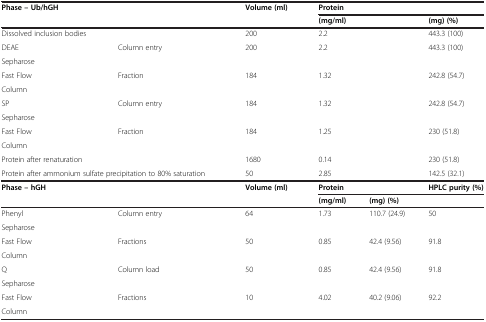
| <ROWSPAN=2-COLSPAN=2> Phase – Ub/hGH | <ROWSPAN=2> Volume (ml) | <COLSPAN=3> Protein |
 | <COLSPAN=2> (mg/ml) | (mg) (%) |
 | --- | --- | --- | --- | --- | --- |
 | <COLSPAN=2> Dissolved inclusion bodies | 200 | <COLSPAN=2> 2.2 | 443.3 (100) |
 | DEAE | <ROWSPAN=2> Column entry | <ROWSPAN=2> 200 | <ROWSPAN=2-COLSPAN=2> 2.2 | <ROWSPAN=2> 443.3 (100) |
 | Sepharose |
 | Fast Flow | <ROWSPAN=2> Fraction | <ROWSPAN=2> 184 | <ROWSPAN=2-COLSPAN=2> 1.32 | <ROWSPAN=2> 242.8 (54.7) |
 | Column |
 | SP | <ROWSPAN=2> Column entry | <ROWSPAN=2> 184 | <ROWSPAN=2-COLSPAN=2> 1.32 | <ROWSPAN=2> 242.8 (54.7) |
 | Sepharose |
 | Fast Flow | <ROWSPAN=2> Fraction | <ROWSPAN=2> 184 | <ROWSPAN=2-COLSPAN=2> 1.25 | <ROWSPAN=2> 230 (51.8) |
 | Column |
 | <COLSPAN=2> Protein after renaturation | 1680 | <COLSPAN=2> 0.14 | 230 (51.8) |
 | <COLSPAN=2> Protein after ammonium sulfate precipitation to 80% saturation | 50 | <COLSPAN=2> 2.85 | 142.5 (32.1) |
 | <ROWSPAN=2-COLSPAN=2> Phase – hGH | <ROWSPAN=2> Volume (ml) | <COLSPAN=2> Protein | HPLC purity (%) |
 | (mg/ml) | <COLSPAN=2> (mg) (%) |
 | Phenyl | <ROWSPAN=2> Column entry | <ROWSPAN=2> 64 | <ROWSPAN=2> 1.73 | <ROWSPAN=2> 110.7 (24.9) | <ROWSPAN=2> 50 |
 | Sepharose |
 | Fast Flow | <ROWSPAN=2> Fractions | <ROWSPAN=2> 50 | <ROWSPAN=2> 0.85 | <ROWSPAN=2> 42.4 (9.56) | <ROWSPAN=2> 91.8 |
 | Column |
 | Q | <ROWSPAN=2> Column load | <ROWSPAN=2> 50 | <ROWSPAN=2> 0.85 | <ROWSPAN=2> 42.4 (9.56) | <ROWSPAN=2> 91.8 |
 | Sepharose |
 | Fast Flow | <ROWSPAN=2> Fractions | <ROWSPAN=2> 10 | <ROWSPAN=2> 4.02 | <ROWSPAN=2> 40.2 (9.06) | <ROWSPAN=2> 92.2 |
 | Column |